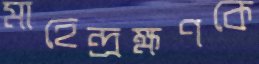
মাহেন্দ্রক্ষণকে